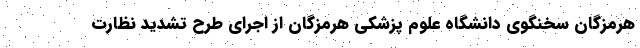
هرمزگان سخنگوی دانشگاه علوم پزشکی هرمزگان از اجرای طرح تشدید نظارت